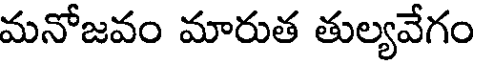
మనోజవం మారుత తుల్యవేగం